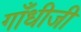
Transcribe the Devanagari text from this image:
गाँधीजी